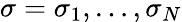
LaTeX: \sigma=\sigma_{1},\dots,\sigma_{N}